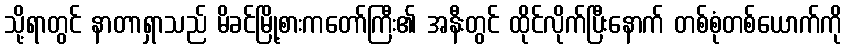
သို့ရာတွင် နာတာရှာသည် မိခင်မြို့စားကတော်ကြီး၏ အနီးတွင် ထိုင်လိုက်ပြီးနောက် တစ်စုံတစ်ယောက်ကို